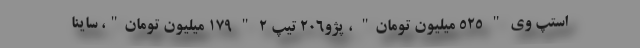
استپ وی " 525 میلیون تومان" ، پژو206 تیپ 2 " 179 میلیون تومان"، ساینا